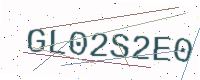
Text: GL02S2E0